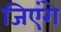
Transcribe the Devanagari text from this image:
जिएंगे